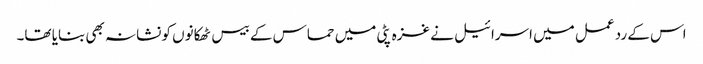
اس کے رد عمل میں اسرائیل نے غزہ پٹی میں حماس کے بیس ٹھکانوں کو نشانہ بھی بنایا تھا۔